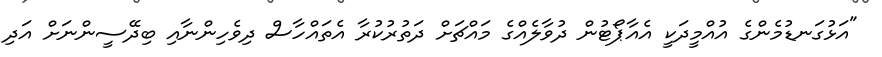
"އަޅުގަނޑުމެންގެ އުއްމީދަކީ އެއާޕޯޓުން ދުވާލެއްގެ މައްޗަށް ދަތުރުކުރާ އެތައްހާސް ދިވެހިންނާއި ބިދޭސީންނަށް އަދި